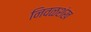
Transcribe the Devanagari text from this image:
निवळशंख